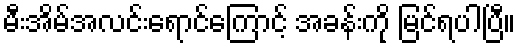
မီးအိမ်အလင်းရောင်ကြောင့် အခန်းကို မြင်ရပါပြီ။